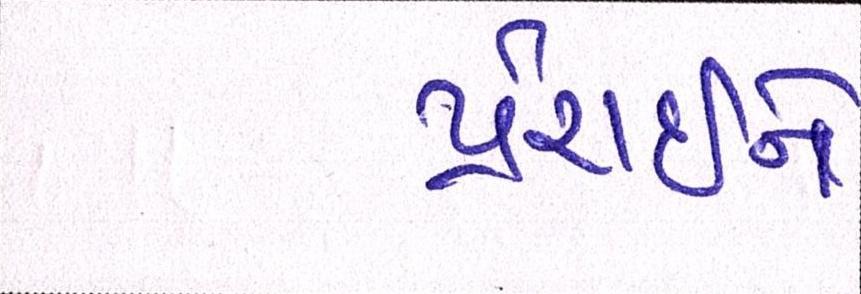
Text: પ્રેરાઇને